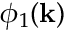
\phi _ { 1 } ( \mathbf { k } )